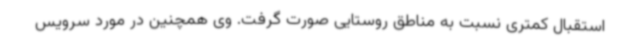
استقبال کمتری نسبت به مناطق روستایی صورت گرفت. وی همچنین در مورد سرویس